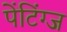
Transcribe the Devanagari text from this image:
पेंटिंग्ज